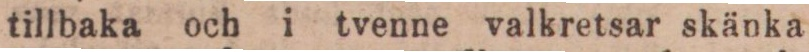
tillbaka och i tvenne valkretsar skänka